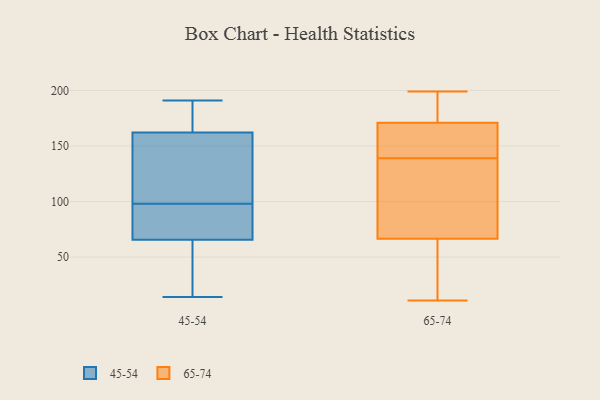
{"axis": {"x": "Churn Rate (%)", "y": "Value"}, "legend": ["45-54", "65-74"], "data": [{"x": "", "y": 113, "type": "45-54"}, {"x": "", "y": 90, "type": "45-54"}, {"x": "", "y": 172, "type": "45-54"}, {"x": "", "y": 25, "type": "45-54"}, {"x": "", "y": 98, "type": "45-54"}, {"x": "", "y": 14, "type": "45-54"}, {"x": "", "y": 61, "type": "45-54"}, {"x": "", "y": 133, "type": "45-54"}, {"x": "", "y": 191, "type": "45-54"}, {"x": "", "y": 172, "type": "45-54"}, {"x": "", "y": 79, "type": "45-54"}, {"x": "", "y": 44, "type": "65-74"}, {"x": "", "y": 98, "type": "65-74"}, {"x": "", "y": 172, "type": "65-74"}, {"x": "", "y": 168, "type": "65-74"}, {"x": "", "y": 142, "type": "65-74"}, {"x": "", "y": 127, "type": "65-74"}, {"x": "", "y": 194, "type": "65-74"}, {"x": "", "y": 40, "type": "65-74"}, {"x": "", "y": 199, "type": "65-74"}, {"x": "", "y": 196, "type": "65-74"}, {"x": "", "y": 99, "type": "65-74"}, {"x": "", "y": 142, "type": "65-74"}, {"x": "", "y": 139, "type": "65-74"}, {"x": "", "y": 56, "type": "65-74"}, {"x": "", "y": 11, "type": "65-74"}]}